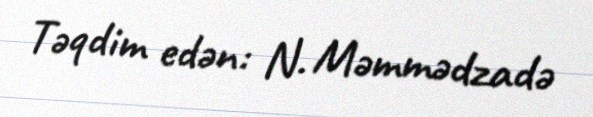
Təqdim edən: N. Məmmədzadə